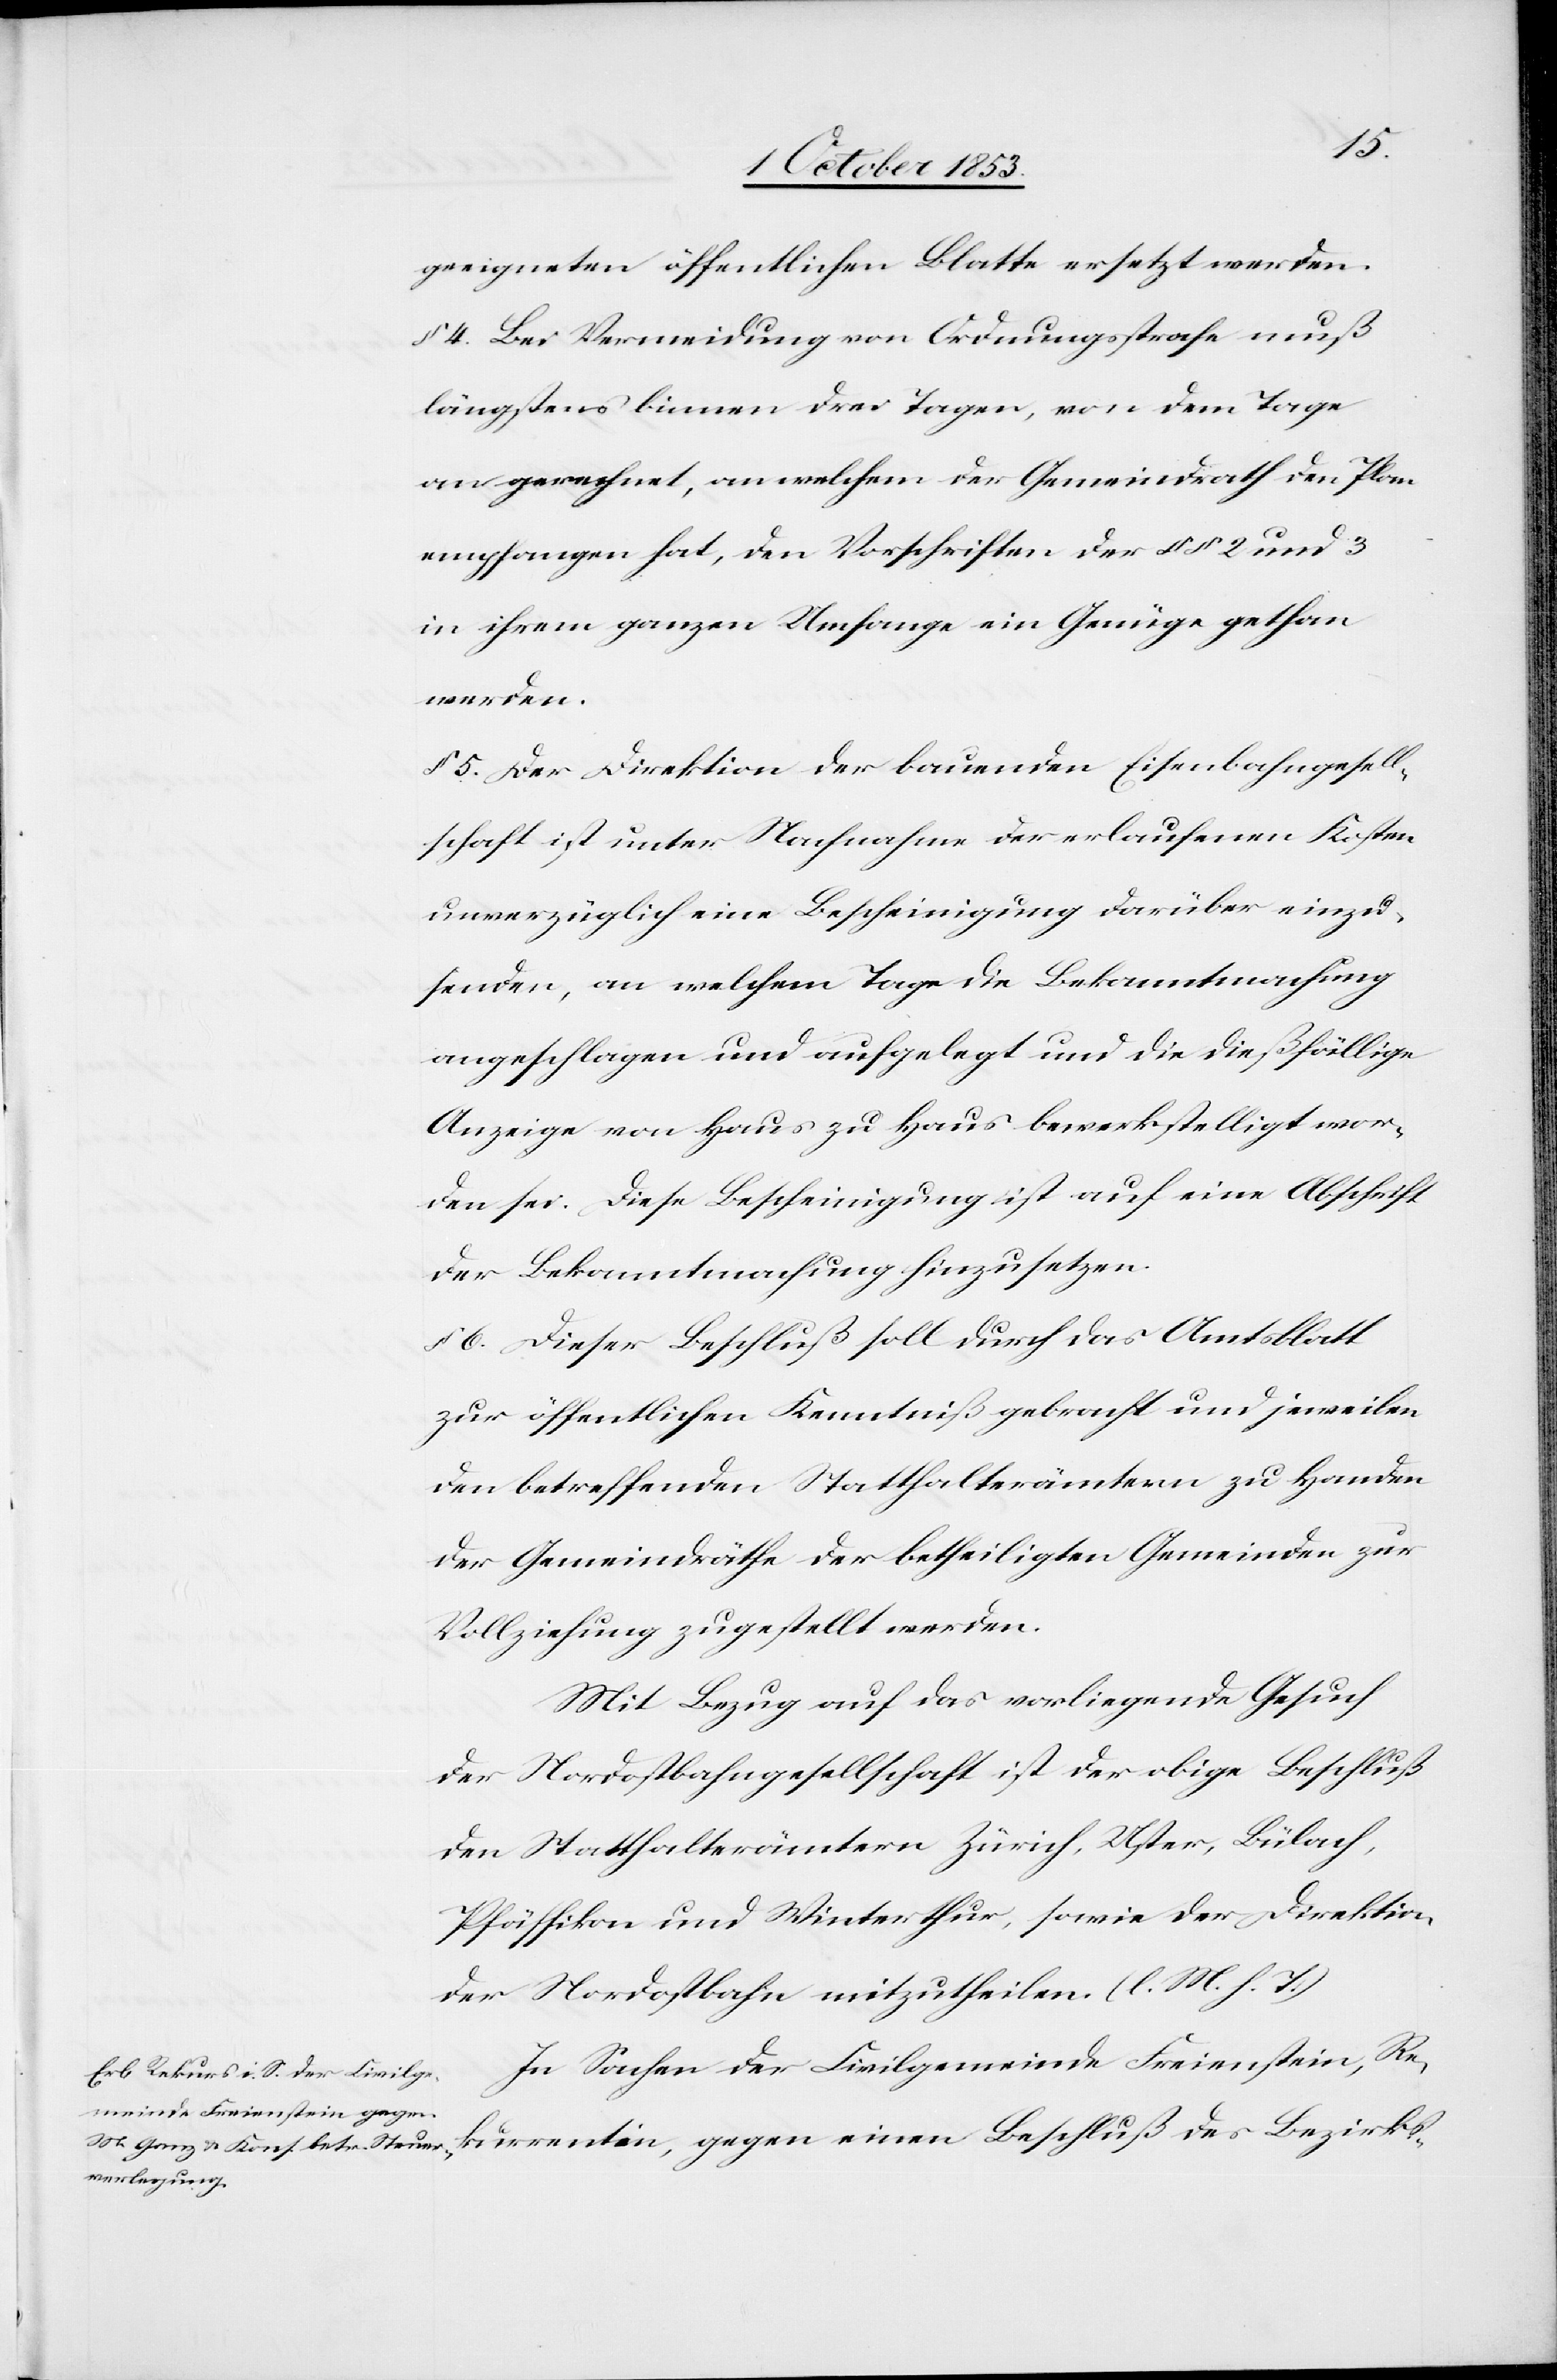
geeigneten öffentlichen Blatte ersetzt werden.
§ 4 Bei Vermeidung von Ordnungsstrafe muß
längstens binnen drei Tagen, von dem Tage
an gerechnet, an welchem der Gemeindrath den Plan
empfangen hat, den Vorschriften der §§ 2 und 3
in ihrem ganzen Umfange ein Genüge gethan
werden.
§ 5 Der Direktion der bauenden Eisenbahngesell¬
schaft ist unter Nachnahme der erlaufenen Kosten
unverzüglich eine Bescheinigung darüber einzu¬
senden, an welchem Tage die Bekanntmachung
angeschlagen und aufgelegt und die dießfällige
Anzeige von Haus zu Haus bewerkstelligt wor¬
den sei. Diese Bescheinigung ist auf eine Abschrift
der Bekanntmachung hinzusetzen.
§ 6 Dieser Beschluß soll durch das Amtsblatt
zur öffentlichen Kenntniß gebracht und jeweilen
den betreffenden Statthalterämtern zu Handen
der Gemeindräthe der betheiligten Gemeinden zur
Vollziehung zugestellt werden.
Mit Bezug auf das vorliegende Gesuch
der Nordostbahngesellschaft ist der obige Beschluß
den Statthalterämtern Zürich, Uster, Bülach,
Pfäffikon und Winterthur, sowie der Direktion
der Nordostbahn mitzutheilen. [l. M. h. T]
In Sachen der Civilgemeinde Freienstein, Re¬
kurrentin, gegen einen Beschluß des Bezirks-